Indian journal of veterinary science and animal husbandry - Volume 1,
Year: 1931
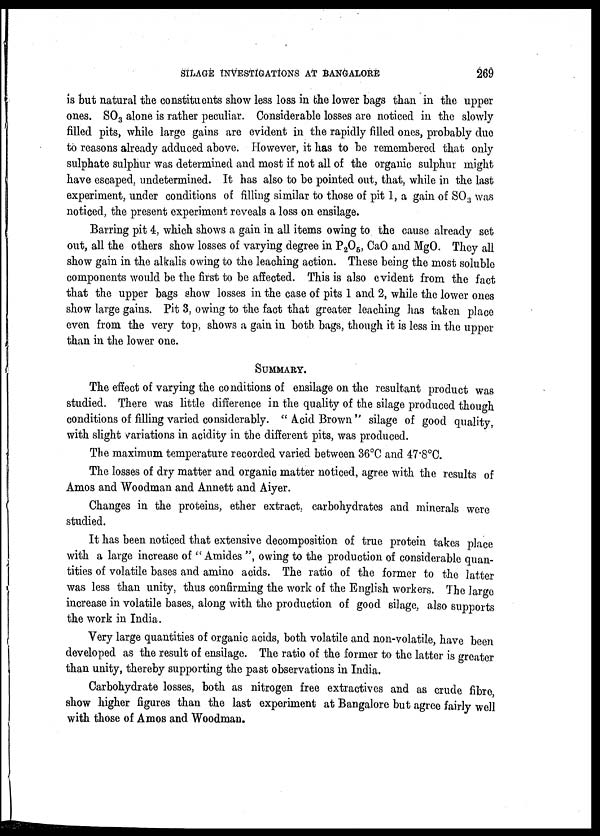
SILAGE INVESTIGATIONS AT BANGALORE
269
is but natural the constituents show less loss in the lower bags than in the upper
ones. SO 3 alone is rather peculiar. Considerable losses are noticed in the slowly
filled pits, while large gains are evident in the rapidly filled ones, probably due
to reasons already adduced above. However, it has to be remembered that only
sulphate sulphur was determined and most if not all of the organic sulphur might
have escaped, undetermined. It has also to be pointed out, that, while in the last
experiment, under conditions of filling similar to those of pit 1, a gain of SO 3 was
noticed, the present experiment reveals a loss on ensilage.
Barring pit 4, which shows a gain in all items owing to the cause already set
out, all the others show losses of varying degree in P 2 O 5 , CaO and MgO. They all
show gain in the alkalis owing to the leaching action. These being the most soluble
components would be the first to be affected. This is also evident from the fact
that the upper bags show losses in the case of pits 1 and 2, while the lower ones
show large gains. Pit 3, owing to the fact that greater leaching has taken place
even from the very top, shows a gain in both bags, though it is less in the upper
than in the lower one.
SUMMARY.
The effect of varying the conditions of ensilage on the resultant product was
studied. There was little difference in the quality of the silage produced though
conditions of filling varied considerably. " Acid Brown " silage of good quality,
with slight variations in acidity in the different pits, was produced.
The maximum temperature recorded varied between 36°C and 47.8°C.
The losses of dry matter and organic matter noticed, agree with the results of
Amos and Woodman and Annett and Aiyer.
Changes in the proteins, ether extract, carbohydrates and minerals were
studied.
It has been noticed that extensive decomposition of true protein takes place
with a large increase of "Amides ", owing to the production of considerable quan-
tities of volatile bases and amino acids. The ratio of the former to the latter
was less than unity, thus confirming the work of the English workers. The large
increase in volatile bases, along with the production of good silage, also supports
the work in India.
Very large quantities of organic acids, both volatile and non-volatile, have been
developed as the result of ensilage. The ratio of the former to the latter is greater
than unity, thereby supporting the past observations in India.
Carbohydrate losses, both as nitrogen free extractives and as crude fibre,
show higher figures than the last experiment at Bangalore but agree fairly well
with those of Amos and Woodman.